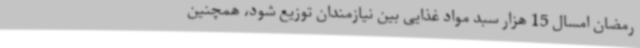
رمضان امسال 15 هزار سبد مواد غذایی بین نیازمندان توزیع شود، همچنین